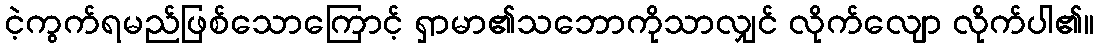
ငဲ့ကွက်ရမည်ဖြစ်သောကြောင့် ရှာမာ၏သဘောကိုသာလျှင် လိုက်လျော လိုက်ပါ၏။